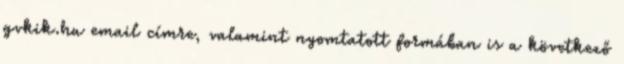
gvkik.hu email címre, valamint nyomtatott formában is a következő